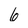
Character: 6